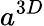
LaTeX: a^{3D}